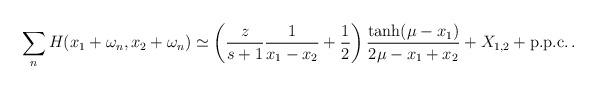
LaTeX: \begin{align*}\sum_n H(x_1+\omega_n,x_2+\omega_n) \simeq\left(\frac{z}{s+1}\frac{1}{x_1-x_2} + \frac{1}{2}\right)\frac{\tanh(\mu-x_1)}{2\mu-x_1+x_2} + X_{1,2}+ \hbox{p.p.c.}\,.\end{align*}